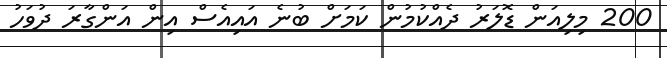
200 މިލިއަން ޑޮލަރު ދެއްކުމުން ކަމަށް ބުނެ އައިއެސް އިން އަންގާރަ ދުވަހު